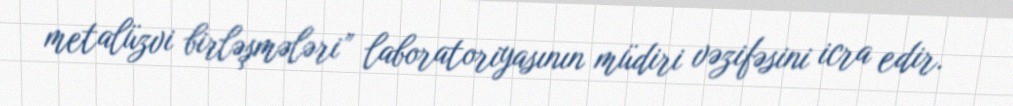
metalüzvi birləşmələri” laboratoriyasının müdiri vəzifəsini icra edir.